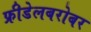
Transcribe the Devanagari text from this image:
फ्रीडेलबरोबर